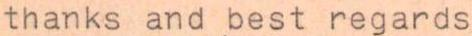
thanks and best regards